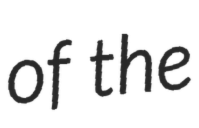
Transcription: of the